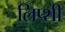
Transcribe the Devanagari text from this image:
लिप्शी